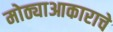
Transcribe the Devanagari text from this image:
मोठ्याआकाराचे